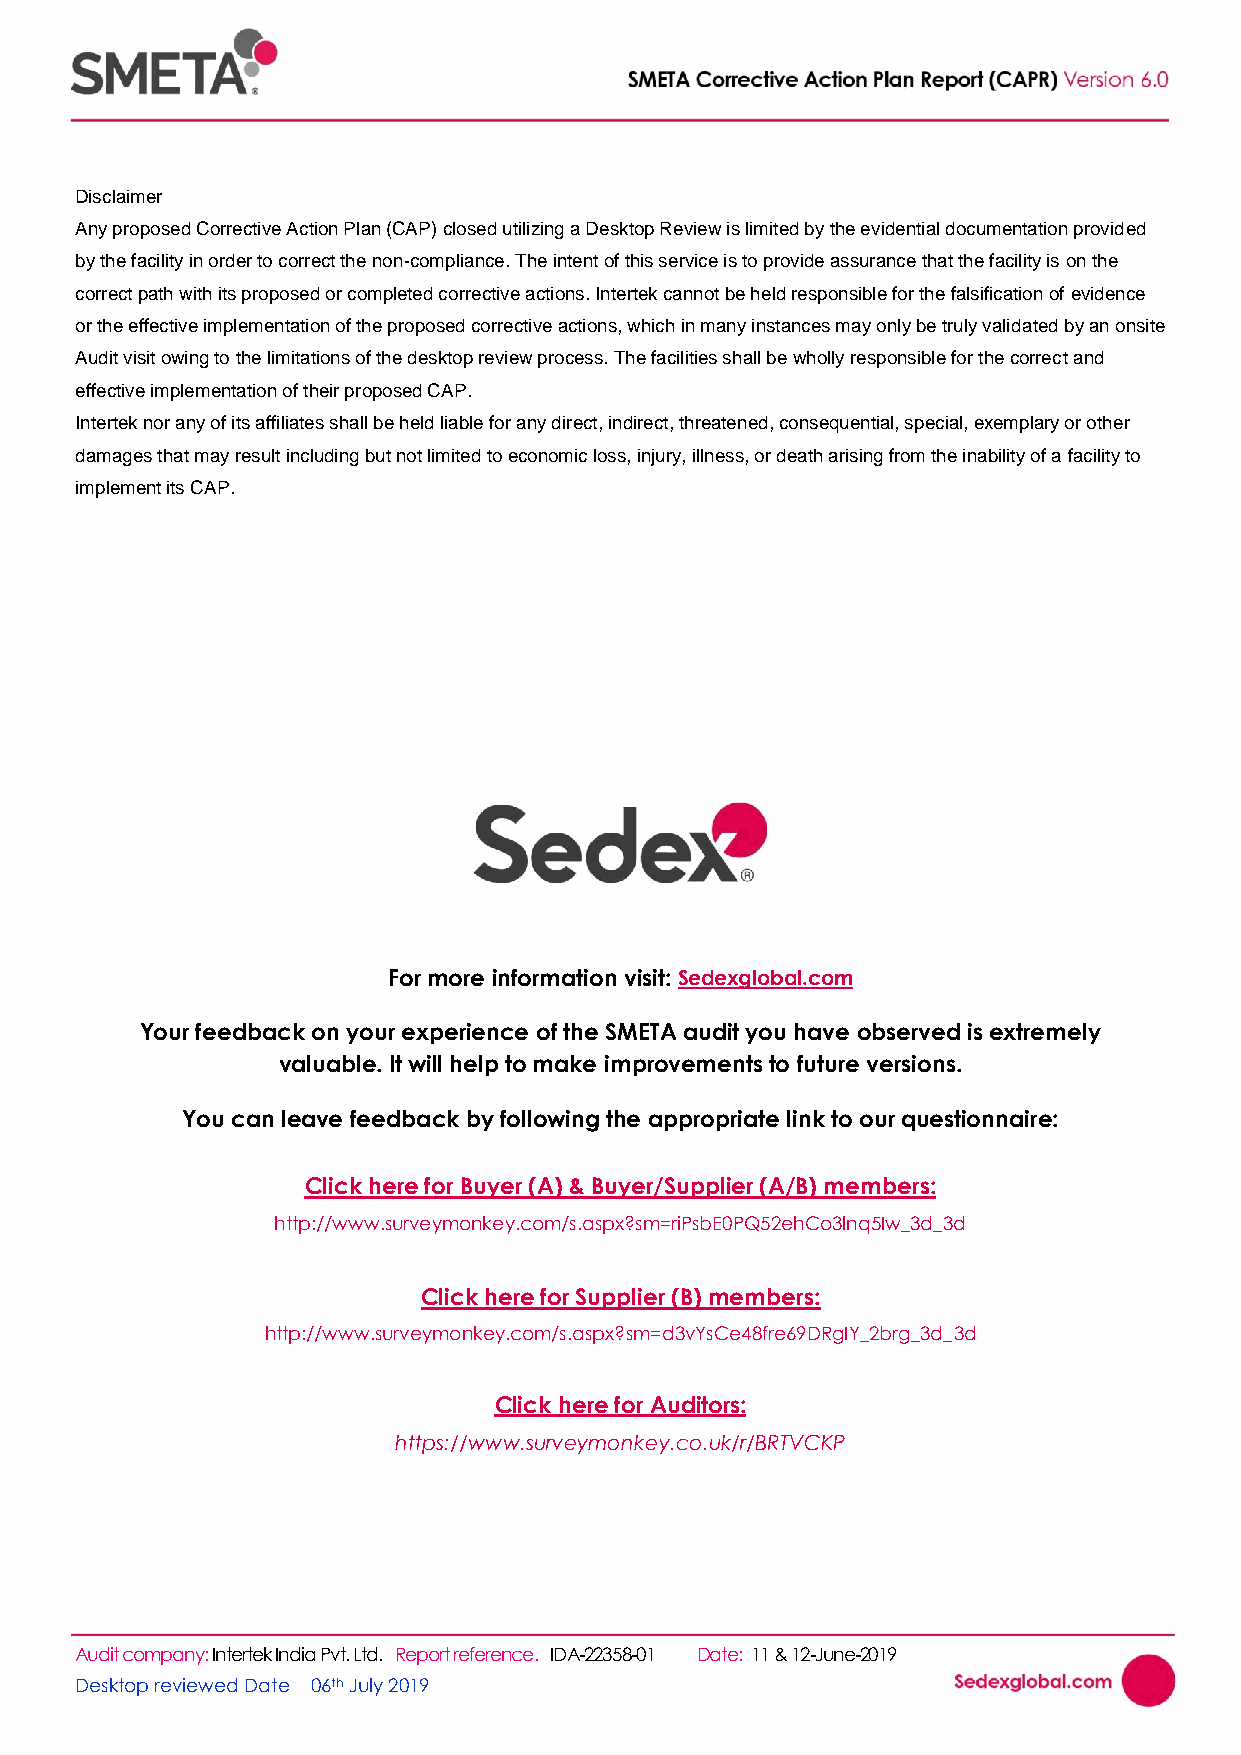
Disclaimer
 Any proposed Corrective Action Plan (CAP) closed utilizing a Desktop Review is limited by the evidential documentation provided
 by the facility in order to correct the non-compliance. The intent of this service is to provide assurance that the facility is on the
 correct path with its proposed or completed corrective actions. Intertek cannot be held responsible for the falsification of evidence
 or the effective implementation of the proposed corrective actions, which in many instances may only be truly validated by an onsite
 Audit visit owing to the limitations of the desktop review process. The facilities shall be wholly responsible for the correct and
 effective implementation of their proposed CAP.
 Intertek nor any of its affiliates shall be held liable for any direct, indirect, threatened, consequential, special, exemplary or other
 damages that may result including but not limited to economic loss, injury, illness, or death arising from the inability of a facility to
 implement its CAP.
 For more information visit: Sedexglobal.com
 Your feedback on your experience of the SMETA audit you have observed is extremely
 valuable. It will help to make improvements to future versions.
 You can leave feedback by following the appropriate link to our questionnaire:
 Click here for Buyer (A) & Buyer/Supplier (A/B) members:
 http://www.surveymonkey.com/s.aspx?sm=riPsbE0PQ52ehCo3lnq5Iw_3d_3d
 Click here for Supplier (B) members:
 http://www.surveymonkey.com/s.aspx?sm=d3vYsCe48fre69DRgIY_2brg_3d_3d
 Click here for Auditors:
 https://www.surveymonkey.co.uk/r/BRTVCKP
 15
 Audit company: Intertek India Pvt. Ltd. Report reference. IDA-22358-01 Date: 11 & 12-June-2019
 Desktop reviewed Date 06th July 2019